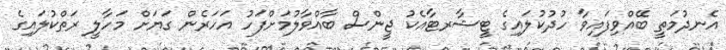
އެނދުމަތީ ބޭއްވިފައިވާ ހުދުކުލައިގެ ޓީޝާރޓާއެކު ޖީންސް ބާއްވާލުމަށްފަހު އަހަރެން ގަޔަށް މަހާލީ ރަތްކުލައިގެ